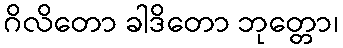
ဂိလိတော ခါဒိတော ဘုတ္တော၊